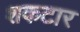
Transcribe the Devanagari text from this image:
शकटार